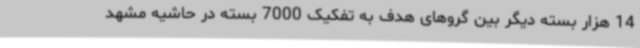
14 هزار بسته دیگر بین گروهای هدف به تفکیک 7000 بسته در حاشیه مشهد